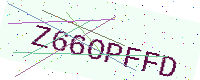
Text: Z66OPFFD